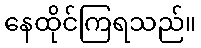
နေထိုင်ကြရသည်။